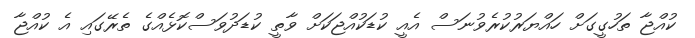
ކުއްޖާ ތަހުގީގަށް ހައްޔަރުކުރެވުނަސް އެއީ ކުޑަކުއްޖަކަށް ވާތީ ކުޑަދުވަސްކޮޅެއްގެ ތެރޭގައި އެ ކުއްޖާ